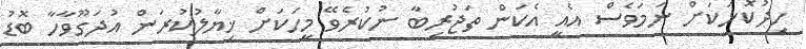
ހިދުކޮޅަކަށް ނަމަވެސް އެއީ އެކަން ތަޖުރިބާ ނުކުރެވޭ މީހަކަށް ޚިޔާލުކުރަން އުދަގޫވާހާ ބޮޑު